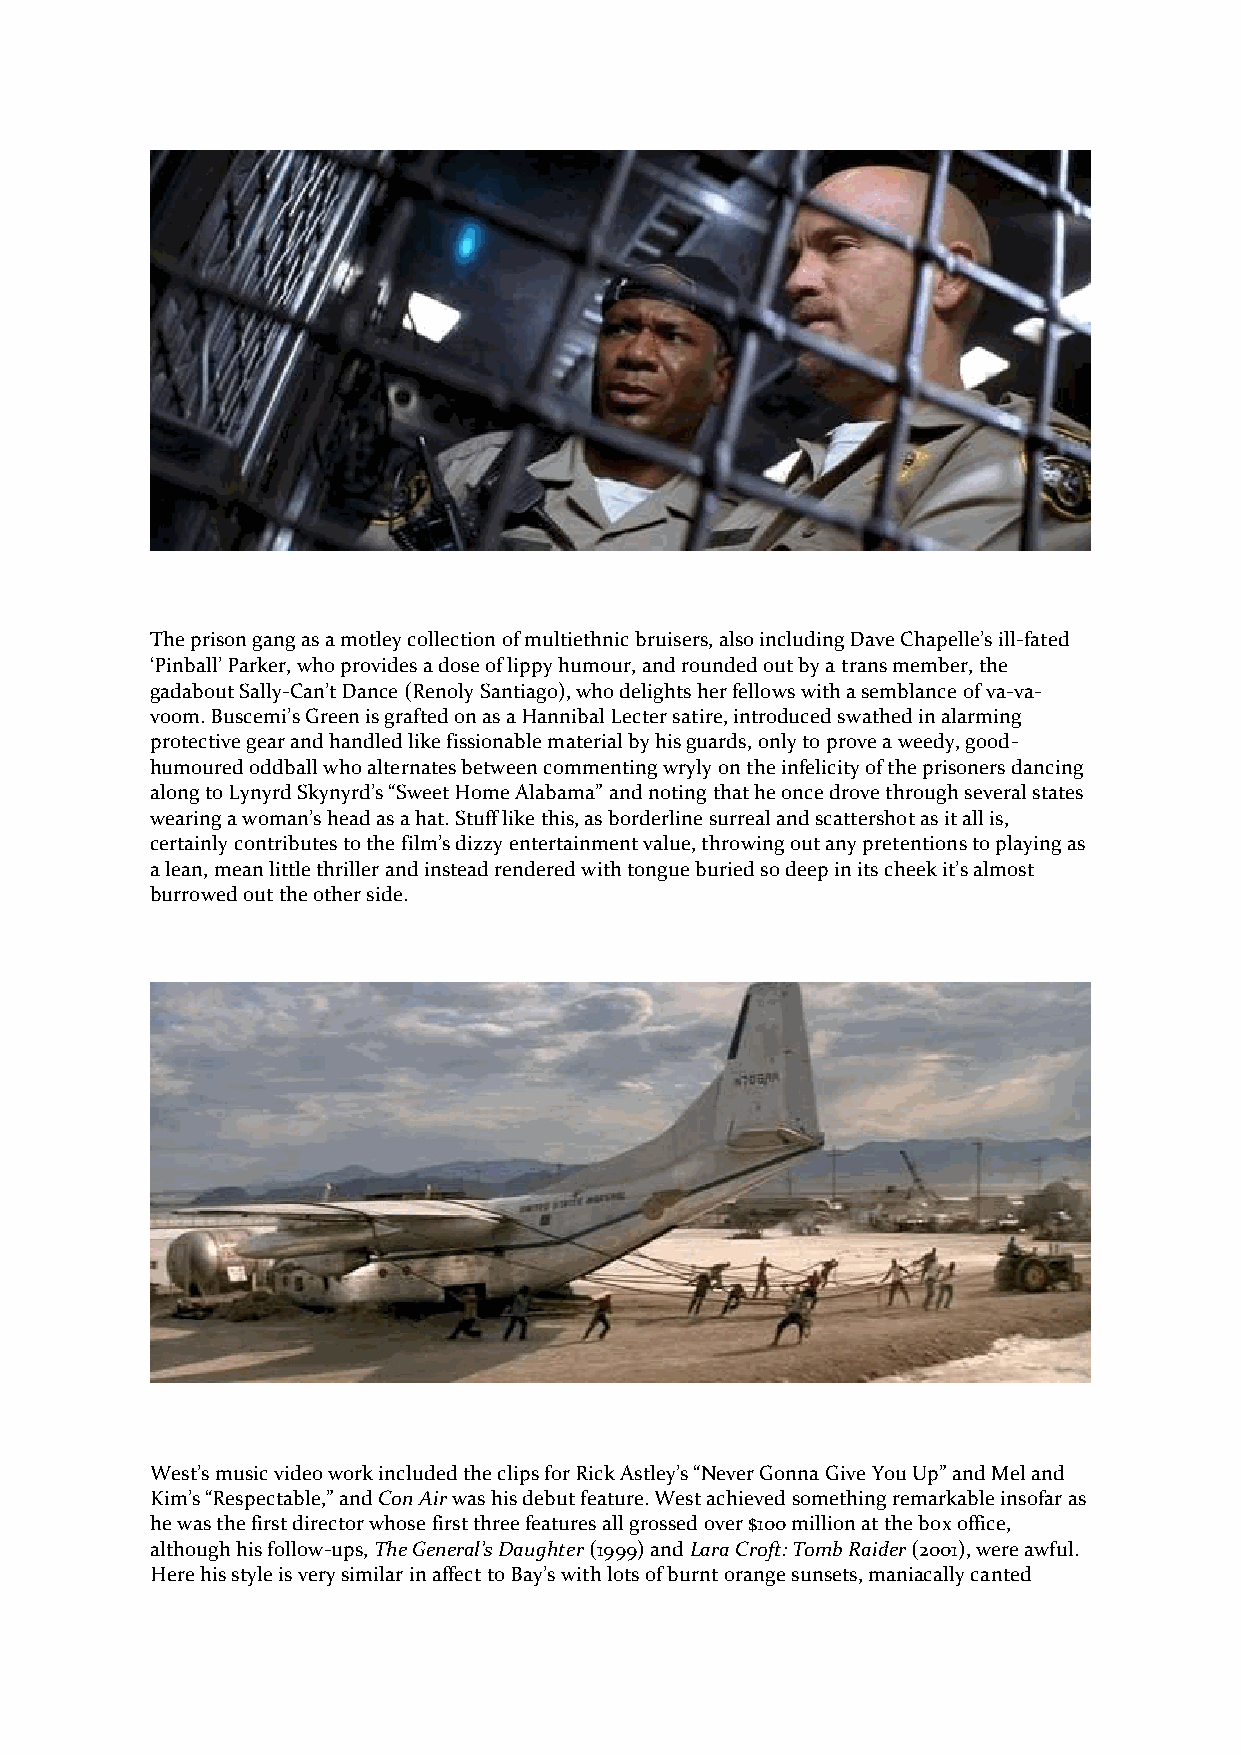
The prison gang as a motley collection of multiethnic bruisers, also including Dave Chapelle’s ill-fated
 ‘Pinball’ Parker, who provides a dose of lippy humour, and rounded out by a trans member, the
 gadabout Sally-Can’t Dance (Renoly Santiago), who delights her fellows with a semblance of va-va-
 voom. Buscemi’s Green is grafted on as a Hannibal Lecter satire, introduced swathed in alarming
 protective gear and handled like fissionable material by his guards, only to prove a weedy, good-
 humoured oddball who alternates between commenting wryly on the infelicity of the prisoners dancing
 along to Lynyrd Skynyrd’s “Sweet Home Alabama” and noting that he once drove through several states
 wearing a woman’s head as a hat. Stuff like this, as borderline surreal and scattershot as it all is,
 certainly contributes to the film’s dizzy entertainment value, throwing out any pretentions to playing as
 a lean, mean little thriller and instead rendered with tongue buried so deep in its cheek it’s almost
 burrowed out the other side.
 West’s music video work included the clips for Rick Astley’s “Never Gonna Give You Up” and Mel and
 Kim’s “Respectable,” and Con Air was his debut feature. West achieved something remarkable insofar as
 he was the first director whose first three features all grossed over $100 million at the box office,
 although his follow-ups, The General’s Daughter (1999) and Lara Croft: Tomb Raider (2001), were awful.
 Here his style is very similar in affect to Bay’s with lots of burnt orange sunsets, maniacally canted